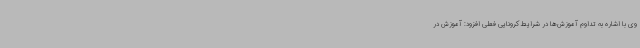
وی با اشاره به تداوم آموزش‌ها در شرایط کرونایی فعلی افزود: آموزش در